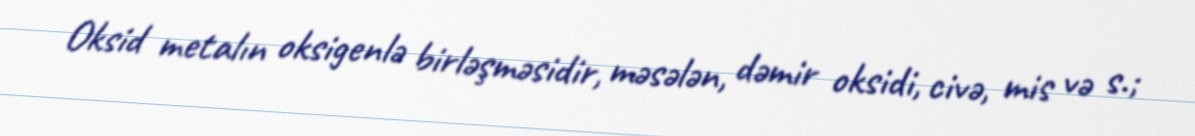
Oksid metalın oksigenlə birləşməsidir, məsələn, dəmir oksidi, civə, mis və s.;